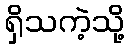
ရှိသကဲ့သို့